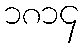
၁၈၁၄